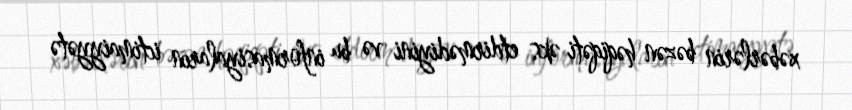
xəbərlərin bəzən həqiqəti əks etdirmədiyini və bu informasiyaların ictimaiyyətə